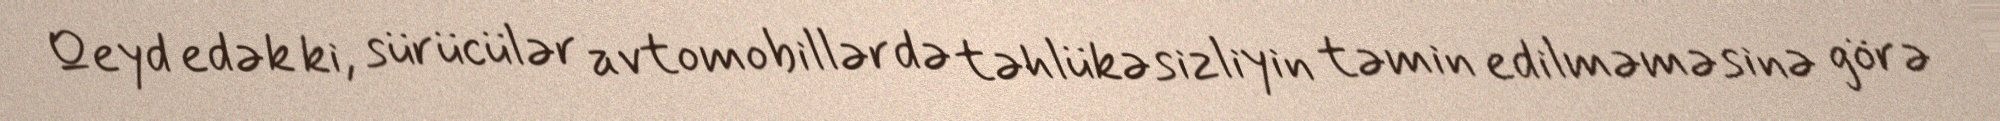
Qeyd edək ki, sürücülər avtomobillərdə təhlükəsizliyin təmin edilməməsinə görə